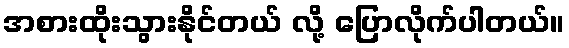
အစားထိုးသွားနိုင်တယ် လို့ ပြောလိုက်ပါတယ်။